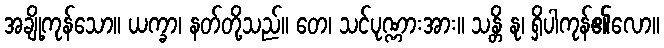
အချို့ကုန်သော။ ယက္ခာ၊ နတ်တို့သည်။ တေ၊ သင်ပုဏ္ဏားအား။ သန္တိ နု၊ ရှိပါကုန်၏လော။